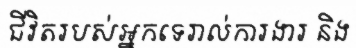
ជីវិតរបស់អ្នកទេរាល់ការងារ និង